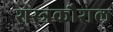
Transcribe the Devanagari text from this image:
शस्त्रकौशल